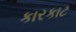
કારકાટ